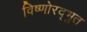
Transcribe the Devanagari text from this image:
विष्णोरद्भुत